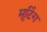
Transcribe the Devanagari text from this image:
मूटिंग